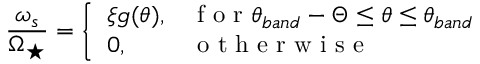
\frac { \omega _ { s } } { \Omega _ { \star } } = \left\{ \begin{array} { l l } { \xi g ( \theta ) , } & { \mathrm { ~ f ~ o ~ r ~ } \theta _ { b a n d } - \Theta \le \theta \le \theta _ { b a n d } } \\ { 0 , } & { \mathrm { ~ o ~ t ~ h ~ e ~ r ~ w ~ i ~ s ~ e ~ } } \end{array} \right.